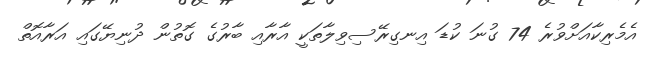
އެމެރިކާއަށްވުރެ 74 ގުނަ ކުޑަ އިނގިރޭސިވިލާތަކީ އާރާއި ބާރުގެ ގޮތުން ދުނިޔޭގައި އަރާއޮތް